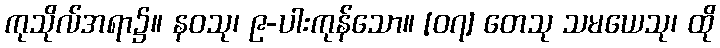
ကုသိုလ်အရာ၌။ နဝသု၊ ၉-ပါးကုန်သော။ [၀၇] တေသု သမယေသု၊ ထို